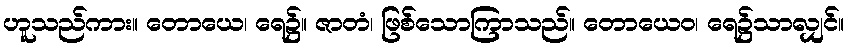
ဟူသည်ကား။ တောယေ၊ ရေ၌။ ဇာတံ၊ ဖြစ်သောကြာသည်။ တောယေဝ၊ ရေ၌သာလျှင်။